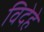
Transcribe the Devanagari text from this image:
विदेहे